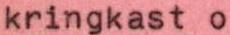
kringkast o